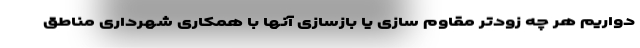
دواریم هر چه زودتر مقاوم سازی یا بازسازی آنها با همکاری شهرداری مناطق